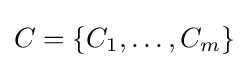
C=\{C_{1},\ldots ,C_{m}\}